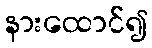
နားထောင်၍